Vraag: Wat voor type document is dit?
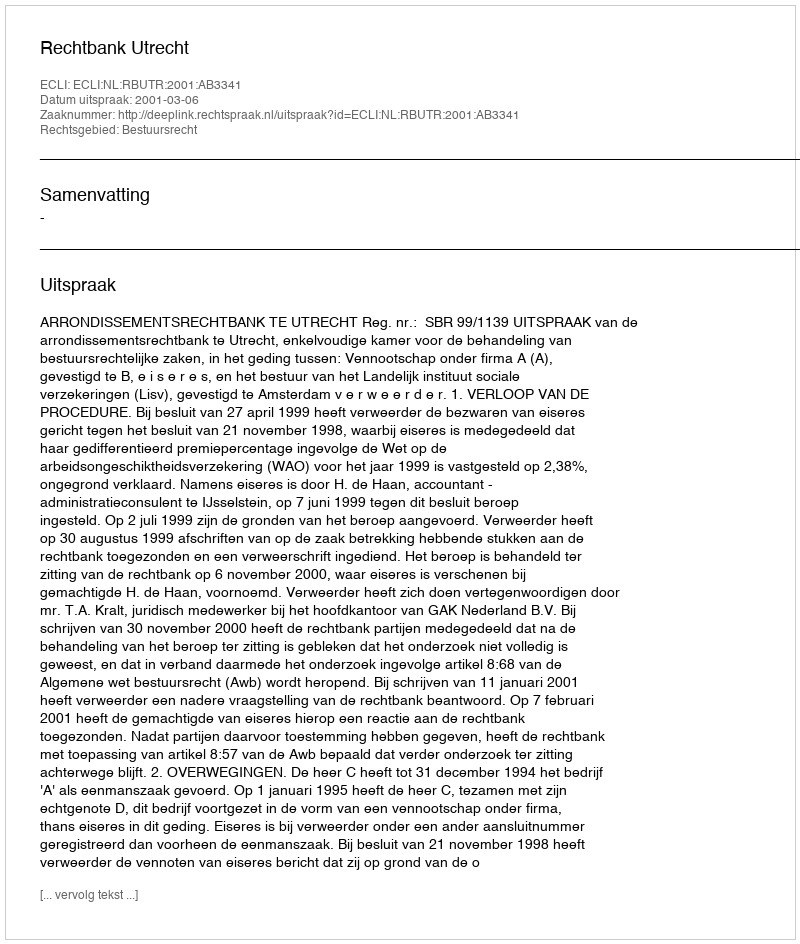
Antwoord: Uitspraak